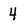
Character: 4